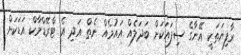
ރާފިޔަތަކީ އޭނާގެ ސިފައަކަށް ބަދަލެއް އައުމެއް ނެތް އަދި އެ ޓްރޭޑްމާކް އަޑަކަށް